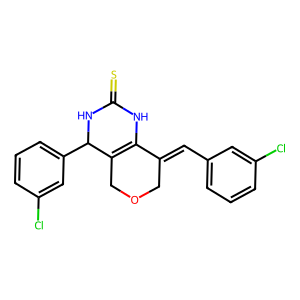
SMILES: S=C1NC2=C(COCC2=Cc2cccc(Cl)c2)C(c2cccc(Cl)c2)N1
Inhibits HIV replication: No